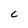
Character: C